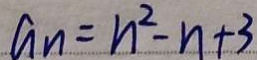
a _ { n } = n ^ { 2 } - n + 3